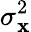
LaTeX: \sigma_{\mathbf{x}}^{2}